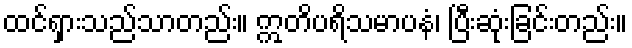
ထင်ရှားသည်သာတည်း။ ဣတိပရိသမာပနံ၊ ပြီးဆုံးခြင်းတည်း။